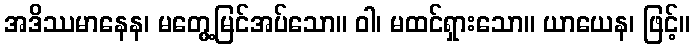
အဒိဿမာနေန၊ မတွေ့မြင်အပ်သော။ ဝါ၊ မထင်ရှားသော။ ယာယေန၊ ဖြင့်။